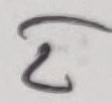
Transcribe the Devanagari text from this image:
२